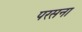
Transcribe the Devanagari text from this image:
परसना